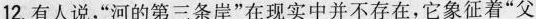
12.有人说“河的第三条岸”在现实中并不存在,它象征着“父